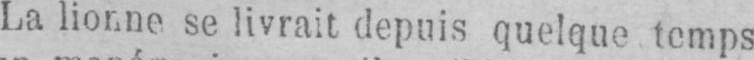
La lionne se livrait depuis quelque temps